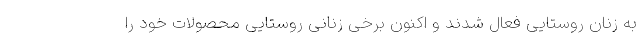
به زنان روستایی فعال شدند و اکنون برخی زنانی روستایی محصولات خود را